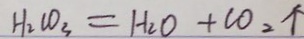
H _ { 2 } C O _ { 3 } = H _ { 2 } O + C O _ { 2 } \uparrow